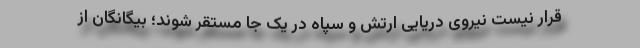
قرار نیست نیروی دریایی ارتش و سپاه در یک جا مستقر شوند؛ بیگانگان از